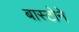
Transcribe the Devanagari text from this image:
बास्टोने